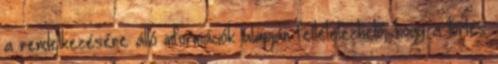
a rendelkezésére álló információk alapján feltételezhető, hogy a törlés